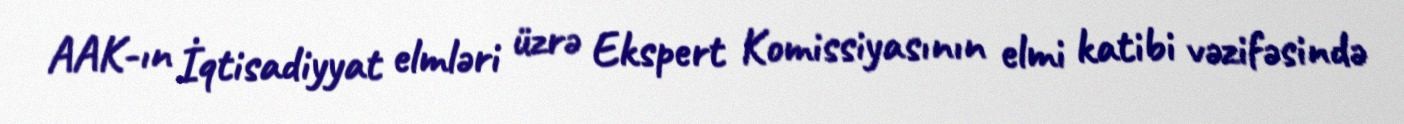
AAK-ın İqtisadiyyat elmləri üzrə Ekspert Komissiyasının elmi katibi vəzifəsində